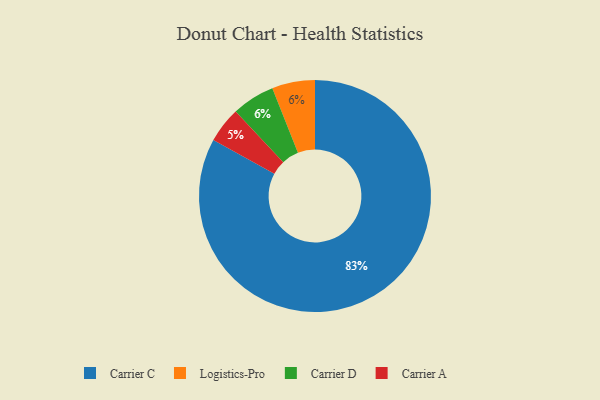
{"axis": {"x": "Category", "y": "Percentage"}, "legend": ["Carrier A", "Carrier C", "Carrier D", "Logistics-Pro"], "data": [{"x": "Carrier A", "y": 5, "type": "Carrier A"}, {"x": "Logistics-Pro", "y": 6, "type": "Logistics-Pro"}, {"x": "Carrier D", "y": 6, "type": "Carrier D"}, {"x": "Carrier C", "y": 83, "type": "Carrier C"}]}